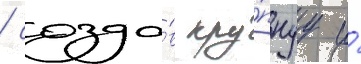
/ созда́в кру́пнуу и́